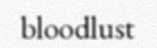
bloodlust